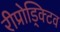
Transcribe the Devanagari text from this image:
रीप्रोड्क्टिव